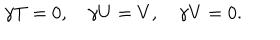
\gamma T = 0 , \quad \gamma U = V , \quad \gamma V = 0 .